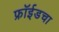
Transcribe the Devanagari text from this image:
फ्रॉईडचा